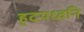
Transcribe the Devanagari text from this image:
हृदयध्वनि